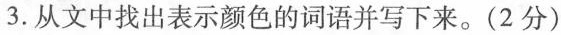
3.从文中找出表示颜色的词语并写下来。(2分)